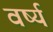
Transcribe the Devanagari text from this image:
वर्ष्य